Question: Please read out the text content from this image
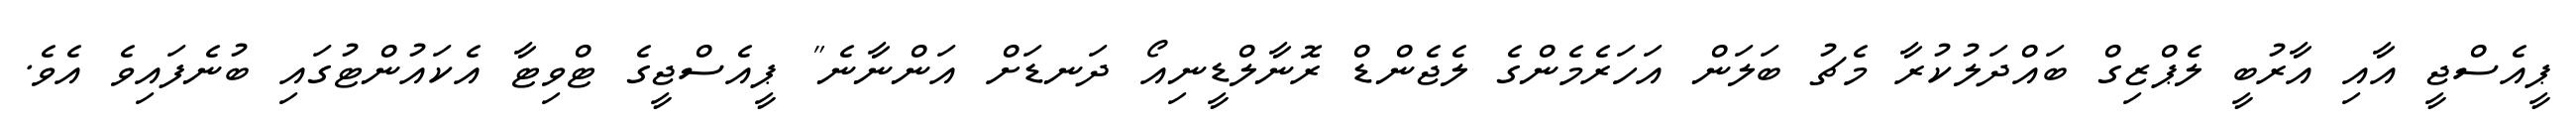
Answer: ޕީއެސްޖީ އާއި އާރުބީ ލެޕްޒިގް ބައްދަލުކުރާ މެޗު ބަލަން އަހަރެމެންގެ ލެޖެންޑް ރޮނާލްޑީނިއޯ ދަނޑަށް އަންނާނެ" ޕީއެސްޖީގެ ޓްވިޓާ އެކައުންޓުގައި ބުނެފައިވެ އެވެ.